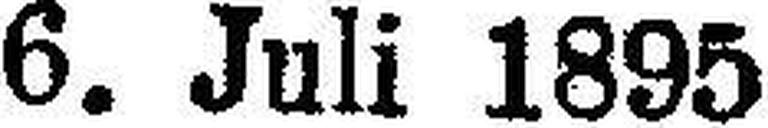
6. Juli 1895